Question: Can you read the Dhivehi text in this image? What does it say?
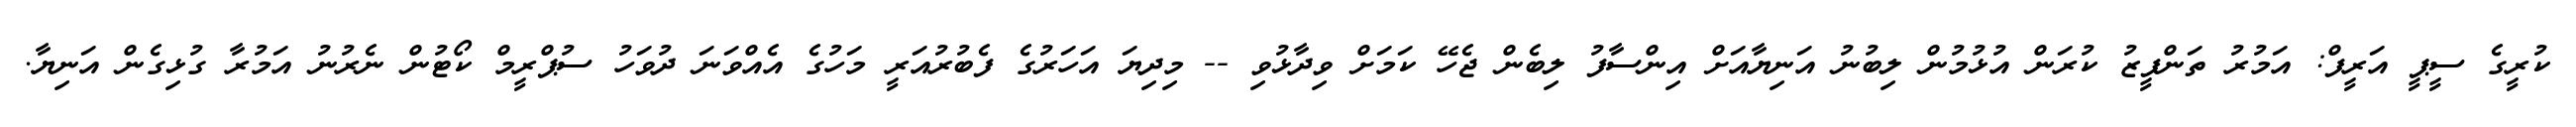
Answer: ކުރީގެ ސީޕީ އަރީފް: އަމުރު ތަންފީޒު ކުރަން އުޅުމުން ލިބުނު އަނިޔާއަށް އިންސާފު ލިބެން ޖެހޭ ކަމަށް ވިދާޅުވި -- މިދިޔަ އަހަރުގެ ފެބުރުއަރީ މަހުގެ އެއްވަނަ ދުވަހު ސުޕްރީމް ކޯޓުން ނެރުނު އަމުރާ ގުޅިގެން އަނިޔާ.